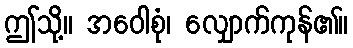
ဤသို့။ အဝေါစုံ၊ လျှောက်ကုန်၏။